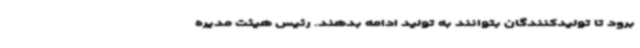
برود تا تولیدکنندگان بتوانند به تولید ادامه بدهند. رئیس هیئت مدیره